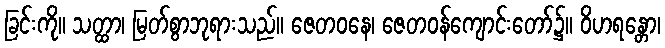
ခြင်းကို။ သတ္ထာ၊ မြတ်စွာဘုရားသည်။ ဇေတဝနေ၊ ဇေတဝန်ကျောင်းတော်၌။ ဝိဟရန္တော၊